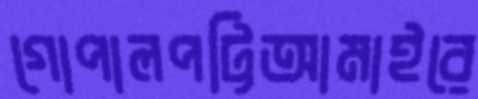
গোপালপট্টিআমাইরে